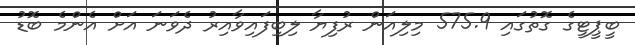
ބީޕީޓީގެ ގޮތުގައި 575.9 މިލިއަން ރުފިޔާ ލިބިފައިވާއިރު ދެވަނަ އަށް އެންމެ ބޮޑު